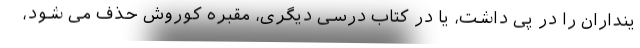
ینداران را در پی داشت، یا در کتاب درسی دیگری، مقبره کوروش حذف می شود،